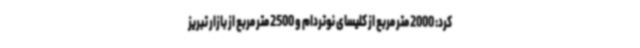
کرد: 2000 متر مربع از کلیسای نوتردام و 2500 متر مربع از بازار تبریز